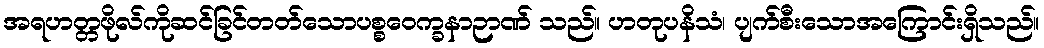
အရဟတ္တဖိုလ်ကိုဆင်ခြင်တတ်သောပစ္စဝေက္ခနာဉာဏ် သည်။ ဟတုပနိသံ၊ ပျက်စီးသောအကြောင်းရှိသည်။